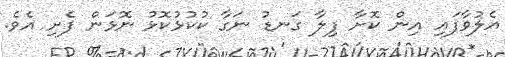
އެލުވާފައި އިން ކޮށާ ފިލާ ގަނޑު ނަގާ ކުކުޅުކޮޅު ނޮޅަން ފެށި އެވެ.